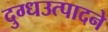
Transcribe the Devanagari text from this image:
दुग्धउत्पादने